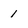
Character: 1